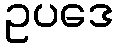
ဥပဒေ